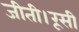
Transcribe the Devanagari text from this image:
जीती।रूसी